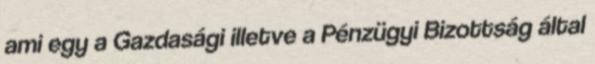
ami egy a Gazdasági illetve a Pénzügyi Bizottság által